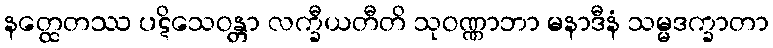
နတ္ထေတဿ ပဋိသေဝန္တာ လက္ခီယတီတိ သုဝဏ္ဏာဘာ မနာဒီနံ သမ္မဒက္ခာတာ